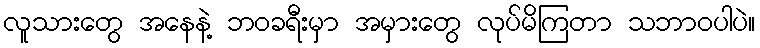
လူသားတွေ အနေနဲ့ ဘဝခရီးမှာ အမှားတွေ လုပ်မိကြတာ သဘာဝပါပဲ။